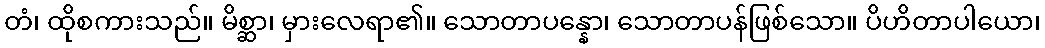
တံ၊ ထိုစကားသည်။ မိစ္ဆာ၊ မှားလေရာ၏။ သောတာပန္နော၊ သောတာပန်ဖြစ်သော။ ပိဟိတာပါယော၊